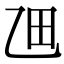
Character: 乪